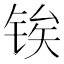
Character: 𬭐